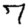
Digit: 7